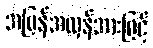
အပြန်အလှန်အားဖြင့်